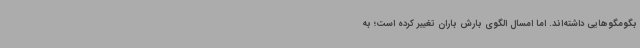
بگومگوهایی داشته‌اند. اما امسال الگوی بارش باران تغییر کرده است؛ به